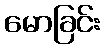
မောခြင်း